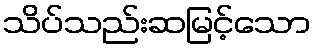
သိပ်သည်းဆမြင့်သော